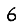
Digit: 6